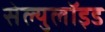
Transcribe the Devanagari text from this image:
सेल्युलॉइड